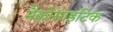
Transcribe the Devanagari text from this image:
मैक्रोसाइटिक